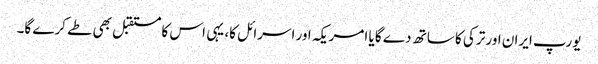
یورپ ایران اور ترکی کا ساتھ دے گا یا امریکہ اور اسرائل کا، یہی اس کا مستقبل بھی طے کرے گا۔